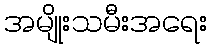
အမျိုးသမီးအရေး